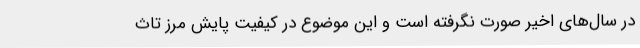
در سال‌های اخیر صورت نگرفته است و این موضوع در کیفیت پایش مرز تاث